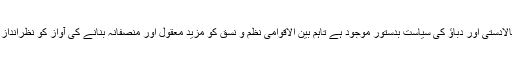
انکے بقول دنیا میں بالادستی اور دباﺅ کی سیاست بدستور موجود ہے تاہم بین الاقوامی نظم و نسق کو مزید معقول اور منصفانہ بنانے کی آواز کو نظرانداز نہیں کیا جانا چاہیے۔